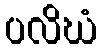
ပလိဃံ